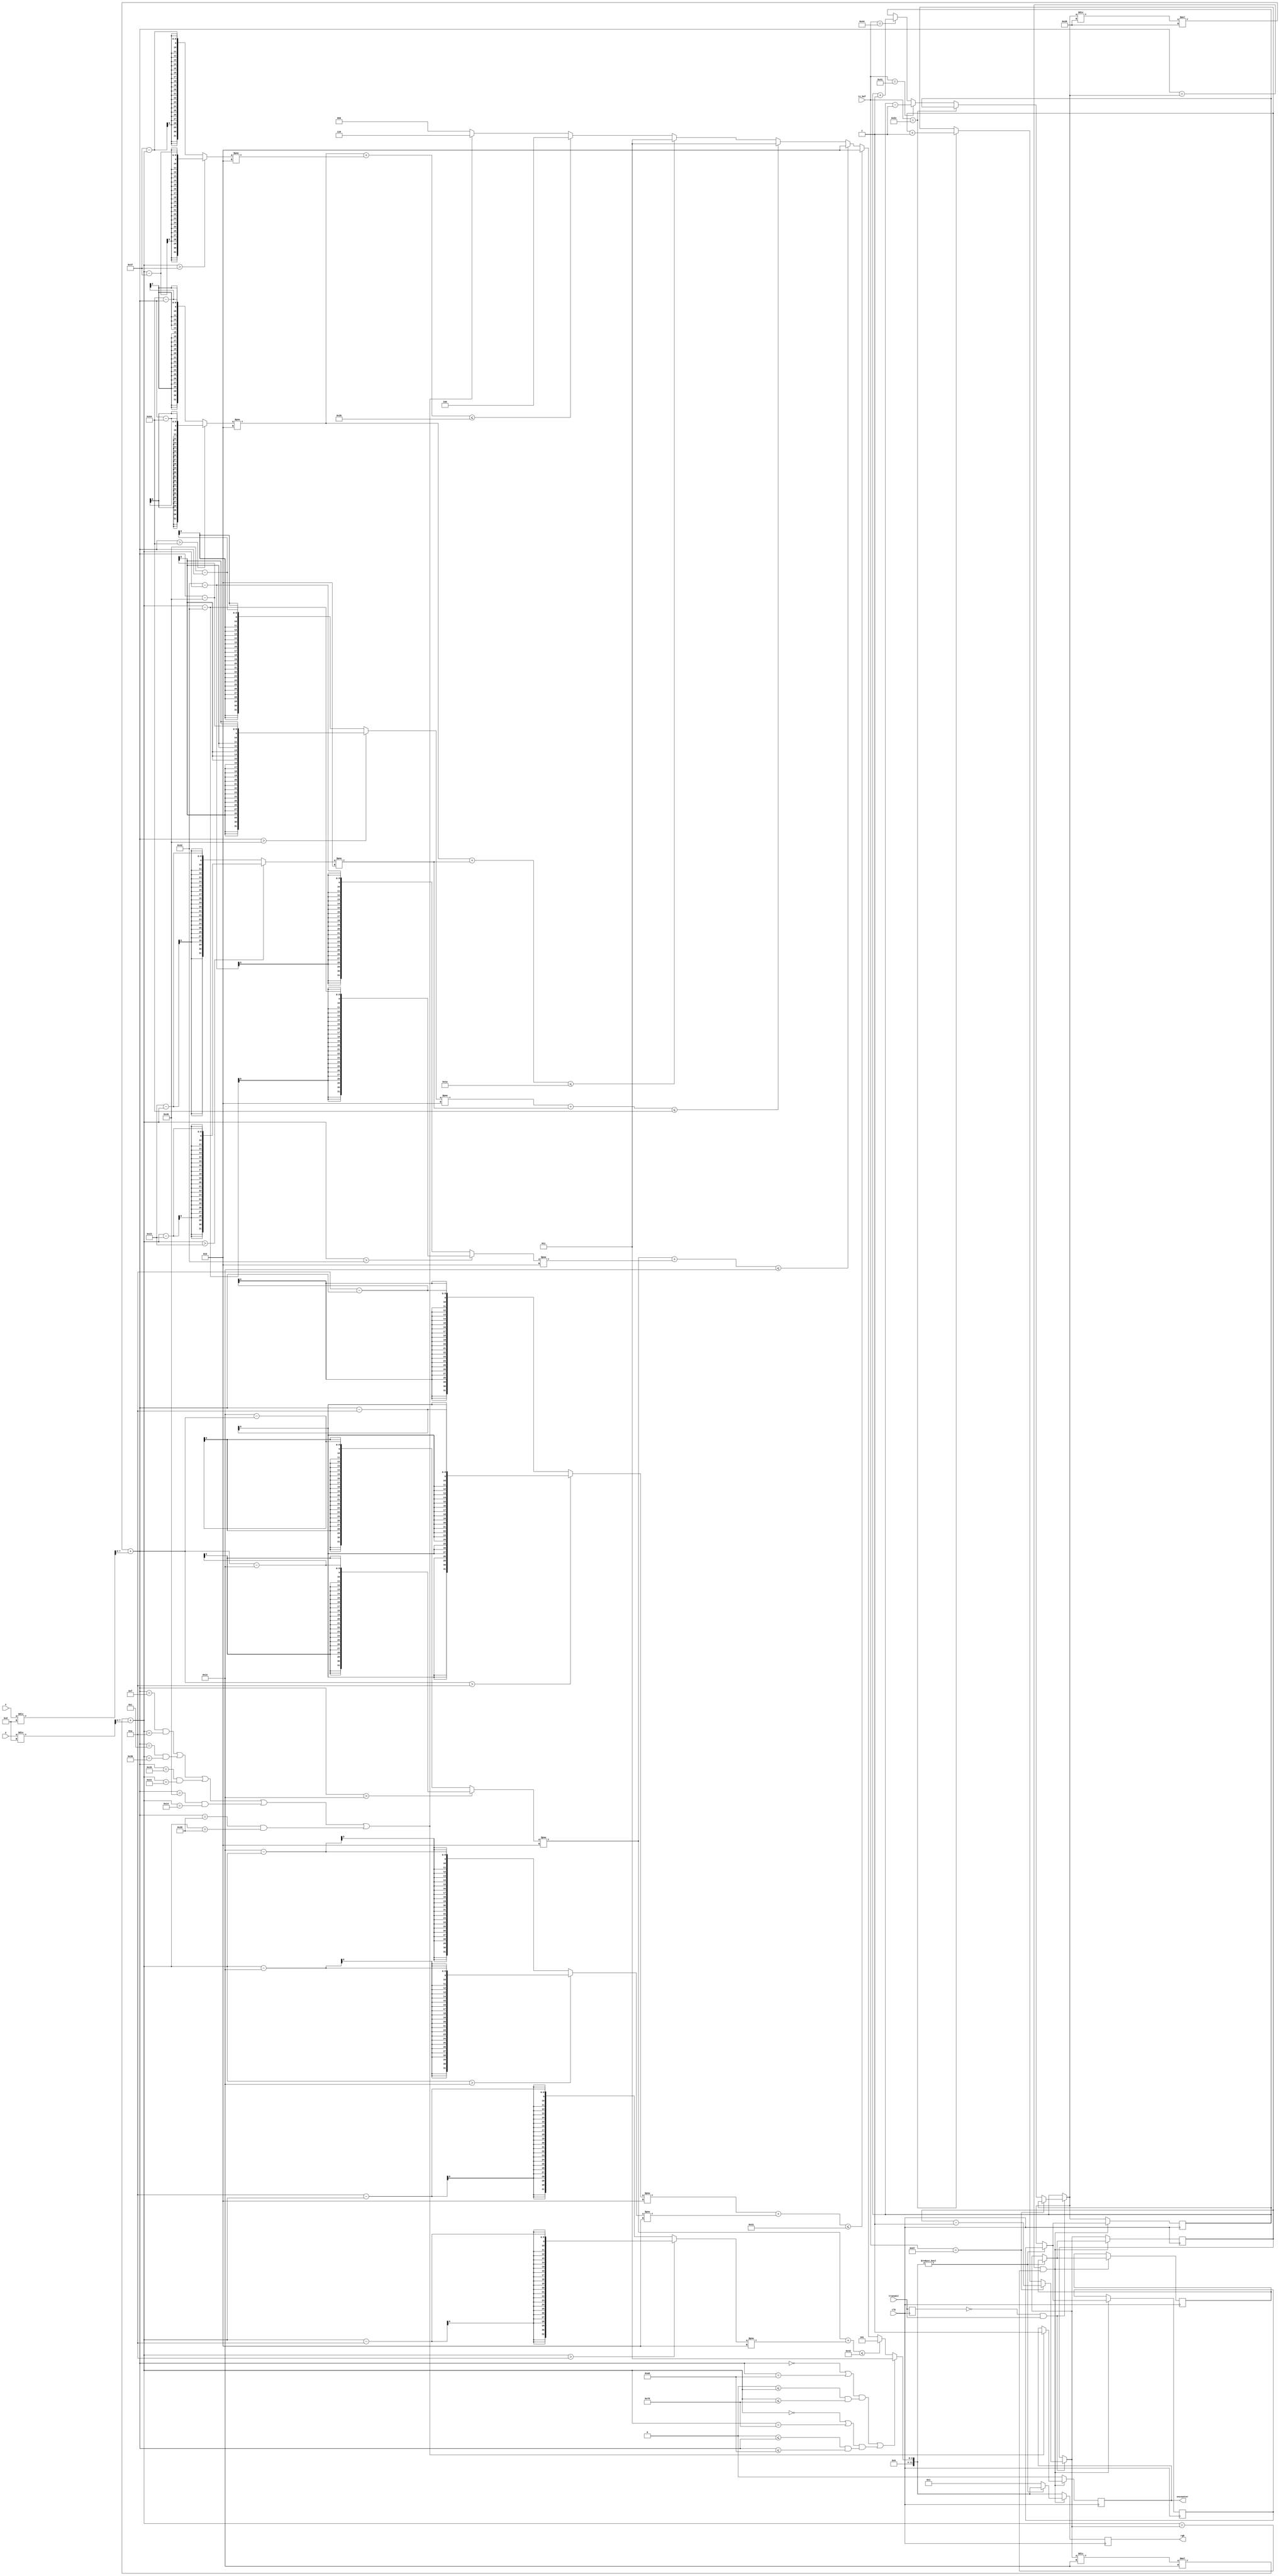
module map(
        // trigger input from keyboard
        clk, // for triggering only 1 tick
        transmit,
        tx_buf,
        // pixel position
        x,
        y,
        rgb,
        encounter // trigger when encounter enemy
    );

    parameter BLOCK_WIDTH = 8;
    parameter SCREEN_WIDTH = 80;
    parameter SCREEN_HEIGHT = 60;
    parameter BUS_WIDTH = 12;

    input wire clk;
    input wire transmit;
    input wire [7:0] tx_buf;
    input wire [9:0] x;
    input wire [9:0] y;
    output reg [BUS_WIDTH-1:0] rgb;
    output reg encounter;

    // TODO map array;

    reg [7:0] posX = 10, posY = 10;

    reg [7:0] fakeCounter;
    reg pTransmit;
    reg [7:0] offsetX, offsetY;
    reg [7:0] posiX = 10, posiY = 10; // position on map
    reg [7:0] oldPosX, oldPosY; // old position for rollback
    
    reg [BUS_WIDTH-1:0] rgb_reg; 

    // trigger enemy
    always @(posedge clk) begin
        if (!pTransmit && transmit) begin 
            if (tx_buf == 8'h57) posY = posY - 1; // w 
            else if (tx_buf == 8'h53) posY = posY + 1; // s
            else if (tx_buf ==  8'h41) posX = posX - 1; // a
            else if (tx_buf ==  8'h44) posX = posX + 1; // d
        end
        
        // render
        offsetX = posX/40*40;
        offsetY = posY/30*30;
        posiX = offsetX + x/8;
        posiY = offsetY + y/8; 

        // render just map
        if ((posiX == 0 || posiX == 160) && (0 <= posiY && posiY <= 120) ||
                 (posiY == 0 || posiY == 120) && (0 <= posiX && posiX <= 160)) begin
            rgb_reg = 3;
        end
        // fake circles
        else if ({10'd0, posiX > 30 ? posiX-30: 30-posiX}**2 + {10'd0, posiY > 10 ? posiY-10: 10-posiY}**2 <= 66) begin
            rgb_reg = 5;
        end
        else if ({10'd0, posiX > 10 ? posiX-10: 10-posiX}**2 + {10'd0, posiY > 30 ? posiY-30: 30-posiY}**2 <= 49) begin
            rgb_reg = 2;
        end
        else if ({10'd0, posiX > 30 ? posiX-30: 30-posiX}**2 + {10'd0, posiY > 50 ? posiY-50: 50-posiY}**2 <= 30) begin
            rgb_reg = 2;
        end
        else if ({10'd0, posiX > 70 ? posiX-70: 70-posiX}**2 + {10'd0, posiY > 35 ? posiY-35: 35-posiY}**2 <= 100) begin
            rgb_reg = 3;
        end
        else if ({10'd0, posiX > 100 ? posiX-100: 100-posiX}**2 + {10'd0, posiY > 35 ? posiY-35: 35-posiY}**2 <= 26) begin
            rgb_reg = 3;
        end
        else if ({10'd0, posiX > 100 ? posiX-100: 100-posiX}**2 + {10'd0, posiY > 55 ? posiY-55: 55-posiY}**2 <= 43) begin
            rgb_reg = 4;
        end
        // hardcode enemy
        else if (posiX == 15 && posiY == 10 || posiX == 12 && posiY == 54 || posiX == 27 && posiY == 33 ||
            posiX == 70 && posiY == 20 || posiX == 57 && posiY == 57) begin
            rgb_reg = 6;
        end
        else begin
            rgb_reg = 0;
            // encounter = 0;
        end
            
        // player logic
        if (posiX == posX && posiY == posY) begin
            // enemy detection
            if (posiX == 15 && posiY == 10 || posiX == 12 && posiY == 54 || posiX == 27 && posiY == 33 ||
            posiX == 70 && posiY == 20 || posiX == 57 && posiY == 57)
                encounter = 1;

            // roll back logic
            if (rgb_reg != 0) begin
                posX = oldPosX;
                posY = oldPosY;
            end
            else begin
                rgb_reg = 1;
                oldPosX = posX;
                oldPosY = posY;
            end
            
        end
        else 
            encounter = 0;

        rgb = rgb_reg;
        // render player and check collision
        pTransmit = transmit;
    end

    

    



endmodule